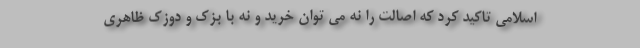
اسلامی تاکید کرد که اصالت را نه می توان خرید و نه با بَزک و دوزک ظاهری